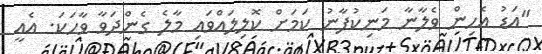
"އަޑު އެހިން ވެލާނާ މަނިކުފާނު ކަމަށް ކޮލިލައްވައި މާލެ ގެންދަވާ ވާހަކަ. އެއީ